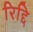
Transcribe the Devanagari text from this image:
रिद्दि